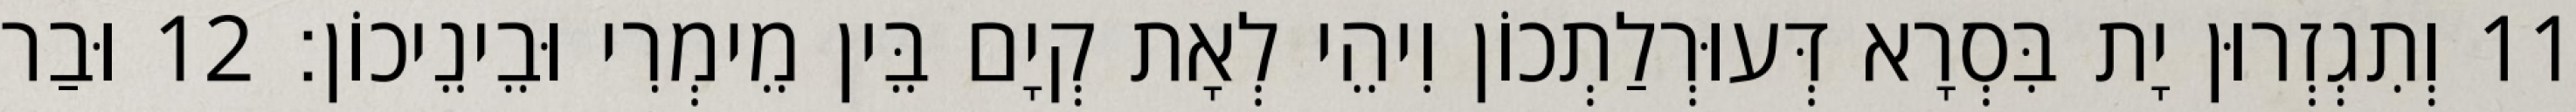
11 וְתִגְזְרוּן יָת בִּסְרָא דְּעוּרְלַתְכוֹן וִיהֵי לְאָת קְיָם בֵּין מֵימְרִי וּבֵינֵיכוֹן׃ 12 וּבַר